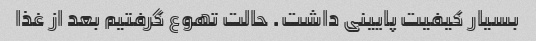
بسیار کیفیت پایینی داشت. حالت تهوع گرفتیم بعد از غذا